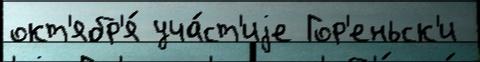
окт'ябр'я́ уча́ст'иjе Гор'еньск'и